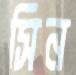
সিন